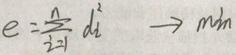
$e = \sum_{i=1}^{n} d_{i}^{2} \ \to \min$